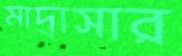
মাদ্রাসার